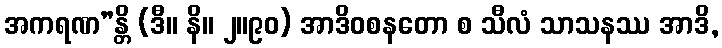
အကရဏ”န္တိ (ဒီ။ နိ။ ၂။၉၀) အာဒိဝစနတော စ သီလံ သာသနဿ အာဒိ,